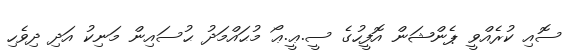
ސޮއި ކުރެއްވީ ޕެންޝަން އޮފީހުގެ ސީ.ޢީ.ޢޯ މުޙައްމަދު ޙުސައިން މަނިކު އަދި ދިވެހި